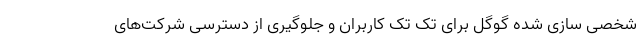
شخصی سازی شده گوگل برای تک تک کاربران و جلوگیری از دسترسی شرکت‌های